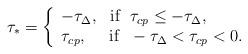
LaTeX: \begin{align*}\tau_{\ast}=\left\{\begin{array}{l}-\tau_{\Delta}, \ \ \mbox{if} \ \ \tau_{cp}\leq -\tau_{\Delta},\\\tau_{cp}, \ \ \ \ \mbox{if} \ \ -\tau_{\Delta} < \tau_{cp}< 0.\end{array}\right.\end{align*}